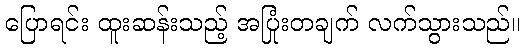
ပြောရင်း ထူးဆန်းသည့် အပြုံးတချက် လက်သွားသည်။